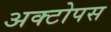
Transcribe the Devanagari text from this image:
अक्टोपस